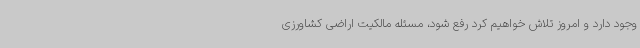
وجود دارد و امروز تلاش خواهیم کرد رفع شود، مسئله مالکیت اراضی کشاورزی